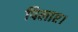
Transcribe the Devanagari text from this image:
पिलाए।